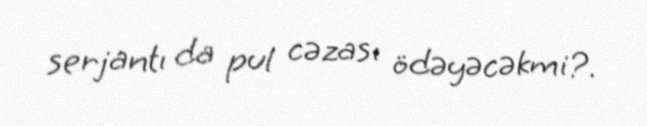
serjantı da pul cəzası ödəyəcəkmi?.